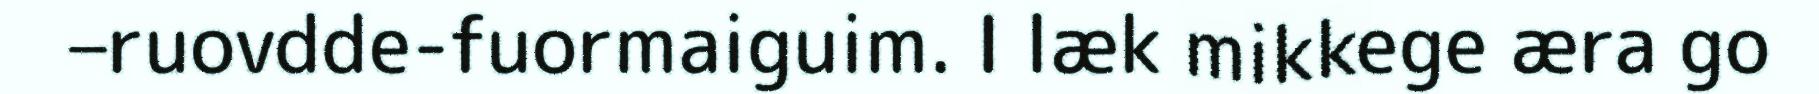
–ruovdde-fuormaiguim. I læk mikkege æra go